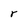
Character: r